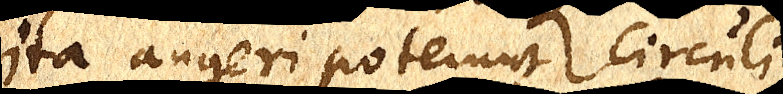
ita augeri poterunt circuli,